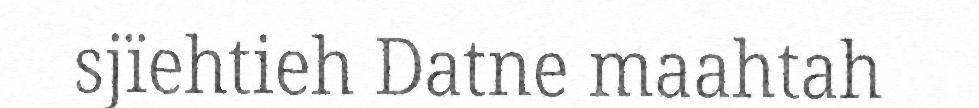
sjïehtieh Datne maahtah